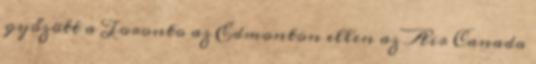
győzött a Toronto az Edmonton ellen az Air Canada